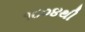
૧૮૦૪થી